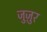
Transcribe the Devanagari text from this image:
जुज़ुर